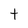
Character: t